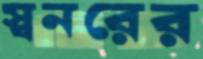
স্বনরের